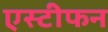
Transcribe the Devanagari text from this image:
एस्टीफन